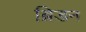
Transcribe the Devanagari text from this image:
ब्रिडन